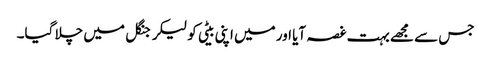
جس سے مجھے بہت غصہ آیا اور میں اپنی بیٹی کو لیکر جنگل میں چلا گیا۔